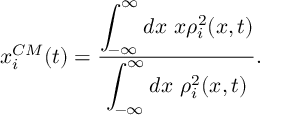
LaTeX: x _ { i } ^ { C M } ( t ) = \frac { \displaystyle { \int _ { - \infty } ^ { \infty } d x ~ x \rho _ { i } ^ { 2 } ( x , t ) } } { \displaystyle { \int _ { - \infty } ^ { \infty } d x ~ \rho _ { i } ^ { 2 } ( x , t ) } } .